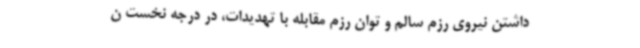
داشتن نیروی رزم سالم و توان رزم مقابله با تهدیدات، در درجه نخست ن